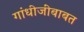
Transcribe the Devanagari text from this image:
गांधीजींबाबत